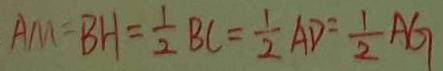
A M = B H = \frac { 1 } { 2 } B C = \frac { 1 } { 2 } A D = \frac { 1 } { 2 } A G